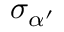
\sigma _ { \alpha ^ { \prime } }